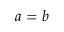
a = b